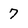
Character: 7